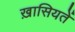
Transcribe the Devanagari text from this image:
ख़ासियतें